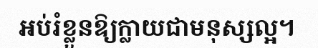
អប់រំខ្លួនឱ្យក្លាយជាមនុស្សល្អ។